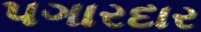
પગારદાર